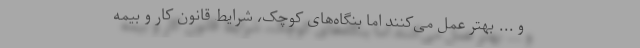
و ... بهتر عمل می‌کنند اما بنگاه‌های کوچک، شرایط قانون کار و بیمه